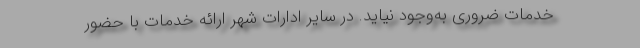
خدمات ضروری به‌وجود نیاید. در سایر ادارات شهر ارائه خدمات با حضور